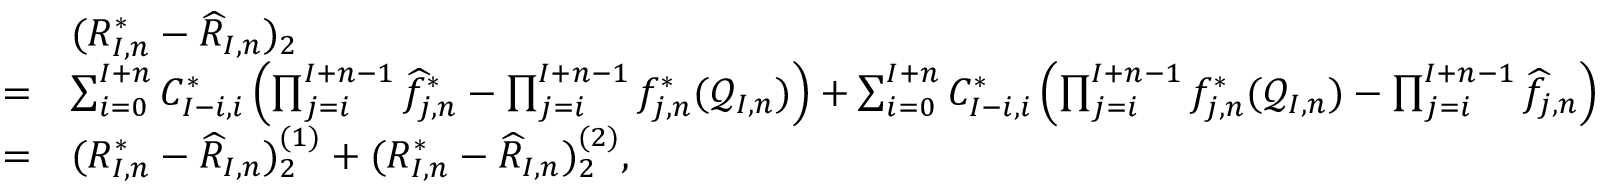
\begin{array} { r l } & { ( R _ { I , n } ^ { * } - \widehat { R } _ { I , n } ) _ { 2 } } \\ { = } & { \sum _ { i = 0 } ^ { I + n } C _ { I - i , i } ^ { * } \left( \prod _ { j = i } ^ { I + n - 1 } \widehat f _ { j , n } ^ { * } - \prod _ { j = i } ^ { I + n - 1 } f _ { j , n } ^ { * } ( \mathcal { Q } _ { I , n } ) \right) + \sum _ { i = 0 } ^ { I + n } C _ { I - i , i } ^ { * } \left( \prod _ { j = i } ^ { I + n - 1 } f _ { j , n } ^ { * } ( \mathcal { Q } _ { I , n } ) - \prod _ { j = i } ^ { I + n - 1 } \widehat { f } _ { j , n } \right) } \\ { = } & { ( R _ { I , n } ^ { * } - \widehat { R } _ { I , n } ) _ { 2 } ^ { ( 1 ) } + ( R _ { I , n } ^ { * } - \widehat { R } _ { I , n } ) _ { 2 } ^ { ( 2 ) } , } \end{array}